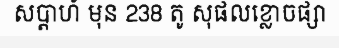
សប្តាហ៍ មុន 238 តូ សុផលខ្លោចផ្សា